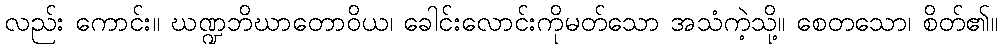
လည်း ကောင်း။ ဃဏ္ဍဘိဃာတောဝိယ၊ ခေါင်းလောင်းကိုမတ်သော အသံကဲ့သို့။ စေတသော၊ စိတ်၏။